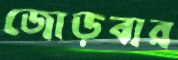
জোড়বার